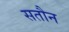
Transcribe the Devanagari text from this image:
सतौन